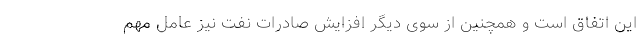
این اتفاق است و همچنین از سوی دیگر افزایش صادرات نفت نیز عامل مهم